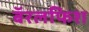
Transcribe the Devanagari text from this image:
बॅरलफिश